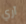
آري